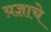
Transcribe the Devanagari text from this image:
य़ज्ञाचे